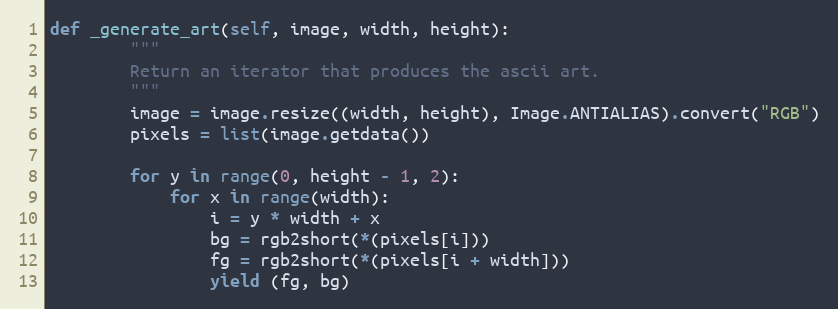
Language: Python
def _generate_art(self, image, width, height):
        """
        Return an iterator that produces the ascii art.
        """
        image = image.resize((width, height), Image.ANTIALIAS).convert("RGB")
        pixels = list(image.getdata())

        for y in range(0, height - 1, 2):
            for x in range(width):
                i = y * width + x
                bg = rgb2short(*(pixels[i]))
                fg = rgb2short(*(pixels[i + width]))
                yield (fg, bg)